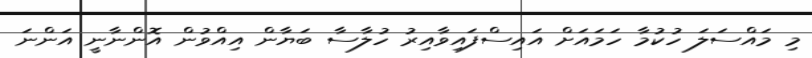
މި މައްސަލަ ހުކުމާ ހަމައަށް އައިސްފައިވާއިރު ހުލާސާ ބަޔާން އިއްވުން އޮންނާނީ އަންނަ